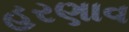
હરણાવ